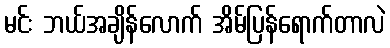
မင်း ဘယ်အချိန်လောက် အိမ်ပြန်ရောက်တာလဲ